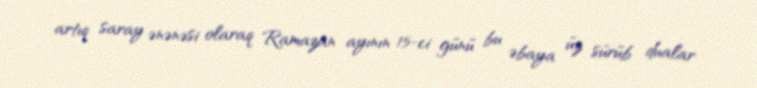
artıq saray ənənəsi olaraq Ramazan ayının 15-ci günü bu əbaya üz sürüb dualar